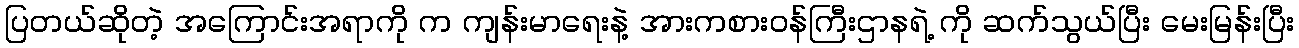
ပြတယ်ဆိုတဲ့ အကြောင်းအရာကို က ကျန်းမာရေးနဲ့ အားကစားဝန်ကြီးဌာနရဲ့ ကို ဆက်သွယ်ပြီး မေးမြန်းပြီး